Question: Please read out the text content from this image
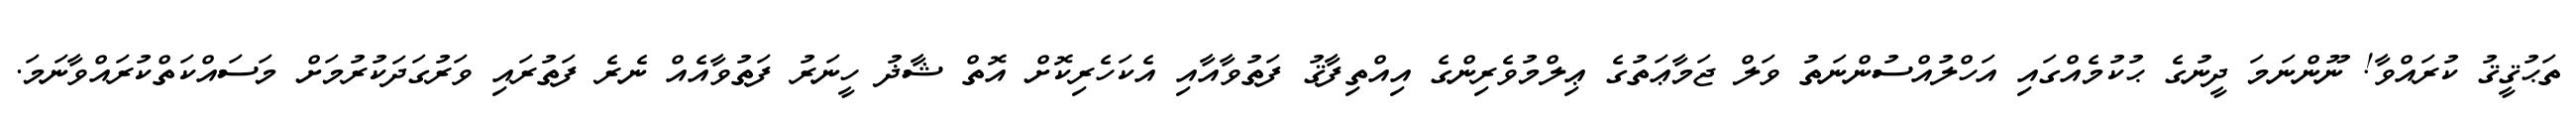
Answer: ތަޙުޤީޤު ކުރައްވާ! ނޫންނަމަ ދީނުގެ ޙުކުމެއްގައި އަހްލުއްސުންނަތު ވަލް ޖަމާޢަތުގެ ޢިލްމުވެރިންގެ އިއްތިފާޤު ފަތުވާއާއި އެކަހެރިކޮށް އޮތް ޝާޛު ހީނަރު ފަތުވާއެއް ނެރެ ފަތުރައި ވަރުގަދަކުރުމަށް މަސައްކަތްކުރައްވާނަމަ.